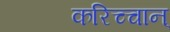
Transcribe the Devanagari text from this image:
करिच्चान्‌